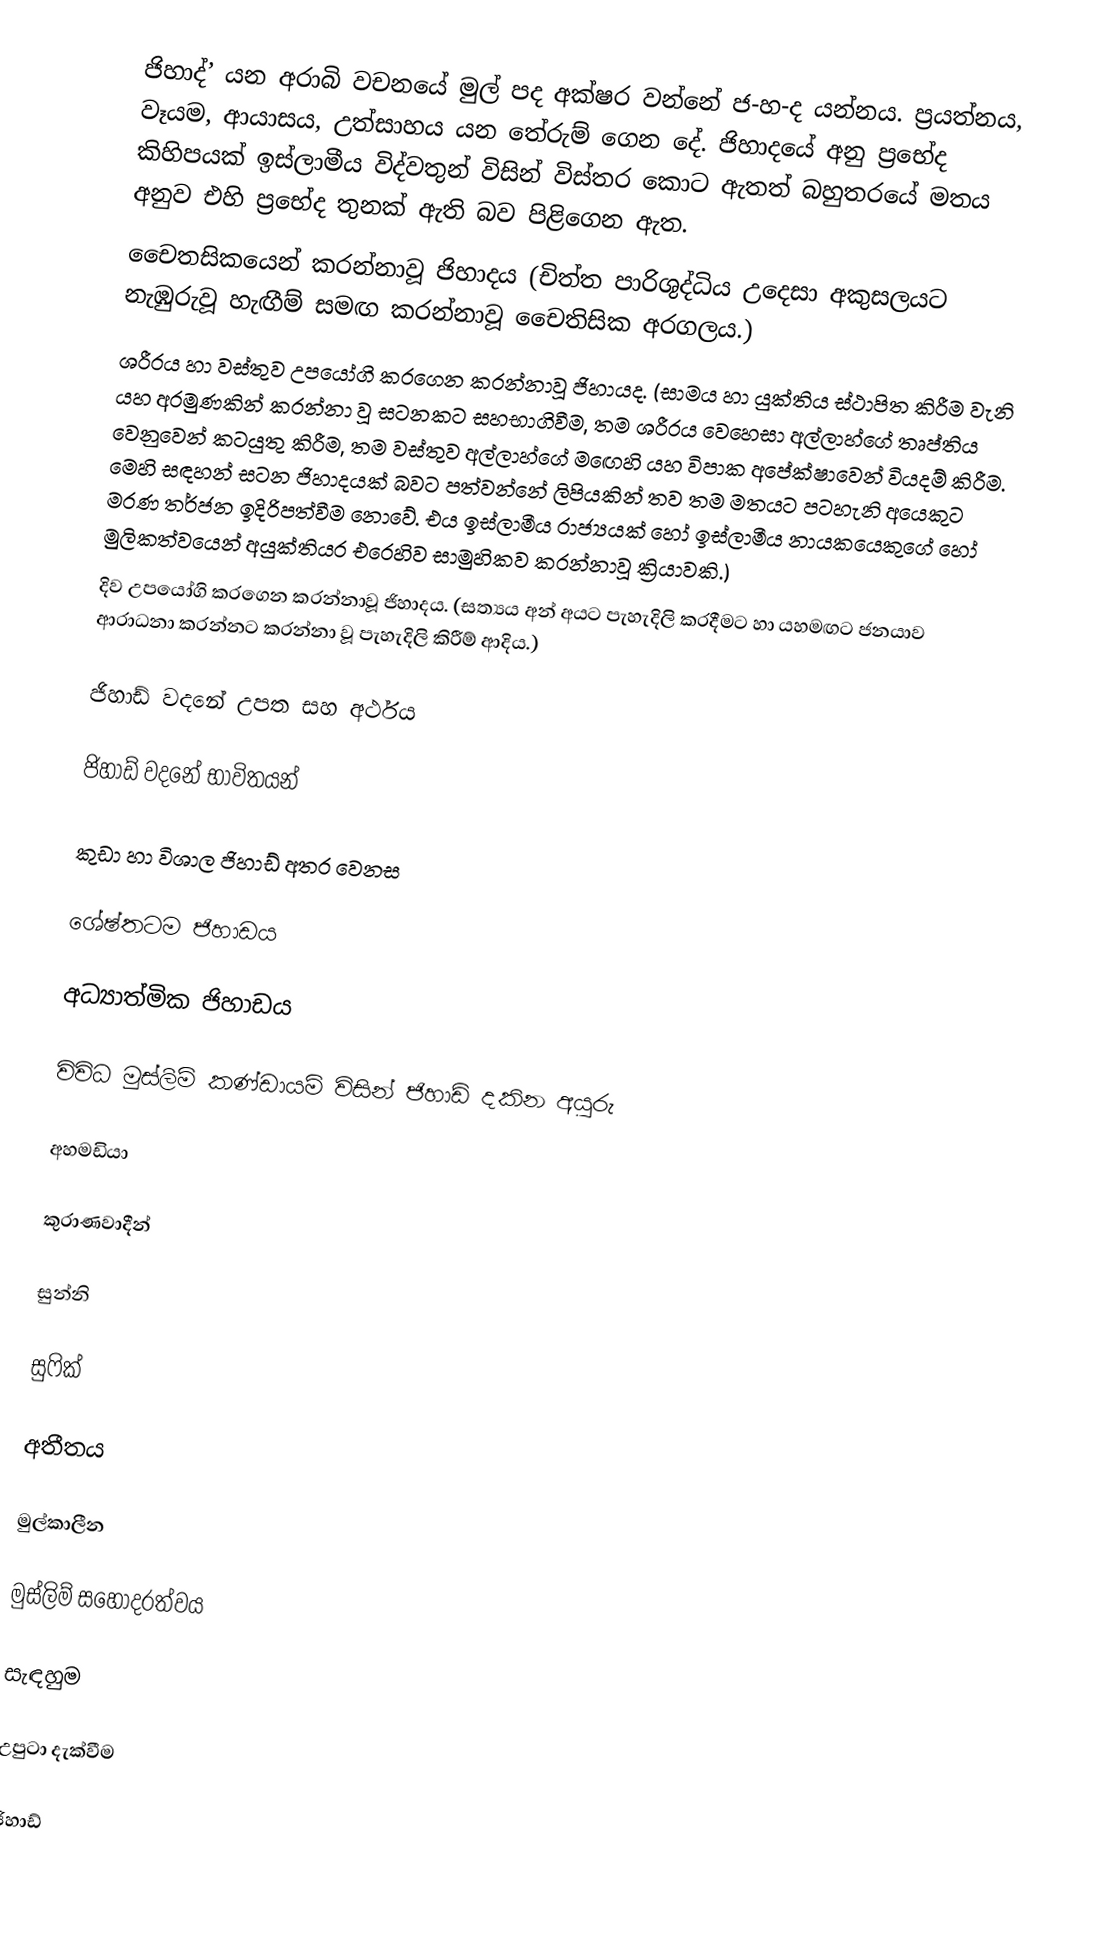
ජිහාද්’ යන අරාබි වචනයේ මුල් පද අක්ෂර වන්නේ ජ-හ-ද යන්නය. ප‍්‍රයත්නය, වෑයම, ආයාසය, උත්සාහය යන තේරුම් ගෙන දේ. ජිහාදයේ අනු ප‍්‍රභේද කිහිපයක් ඉස්ලාමීය විද්වතුන් විසින් විස්තර කොට ඇතත් බහුතරයේ මතය අනුව එහි ප‍්‍රභේද තුනක් ඇති බව පිළිගෙන ඇත.
 චෛතසිකයෙන් කරන්නාවූ ජිහාදය (චිත්ත පාරිශුද්ධිය උදෙසා අකුසලයට නැඹුරුවූ හැඟීම් සමඟ කරන්නාවූ චෛතිසික අරගලය.)
 ශරීරය හා වස්තුව උපයෝගි කරගෙන කරන්නාවූ ජිහායද. (සාමය හා යුක්තිය ස්ථාපිත කිරීම වැනි යහ අරමුණකින් කරන්නා වූ සටනකට සහභාගිවීම, තම ශරීරය වෙහෙසා අල්ලාහ්ගේ තෘප්තිය වෙනුවෙන් කටයුතු කිරීම, තම වස්තුව අල්ලාහ්ගේ මඟෙහි යහ විපාක අපේක්ෂාවෙන් වියදම් කිරීම. මෙහි සඳහන් සටන ජිහාදයක් බවට පත්වන්නේ ලිපියකින් තව තම මතයට පටහැනි අයෙකුට මරණ තර්ජන ඉදිරිපත්වීම නොවේ. එය ඉස්ලාමීය රාජ්‍යයක් හෝ ඉස්ලාමීය නායකයෙකුගේ හෝ මුලිකත්වයෙන් අයුක්තියර එරෙහිව සාමුහිකව කරන්නාවූ ක්‍රියාවකි.)
 දිව උපයෝගි කරගෙන කරන්නාවූ ජිහාදය. (සත්‍යය අන් අයට පැහැදිලි කරදීමට හා යහමඟට ජනයාව ආරාධනා කරන්නට කරන්නා වූ පැහැදිලි කිරීම් ආදිය.)

ජිහාඩ් වදනේ උපත සහ අර්ථය

ජිහාඩ් වදනේ භාවිතයන්

කුඩා හා විශාල ජිහාඩ් අතර වෙනස

ශේෂ්තටම ජිහාඩය

අධ්‍යාත්මික ජිහාඩය

විවිධ මුස්ලිම් කණ්ඩායම් විසින් ජිහාඩ් දකින අයුරු

අහමඩියා

කුරාණවාදීන්

සුන්නි

සුෆික්

අතීතය

මුල්කාලීන

මුස්ලිම් සහෝදරත්වය

සැඳහුම

උපුටා දැක්වීම

ජිහාඩ්